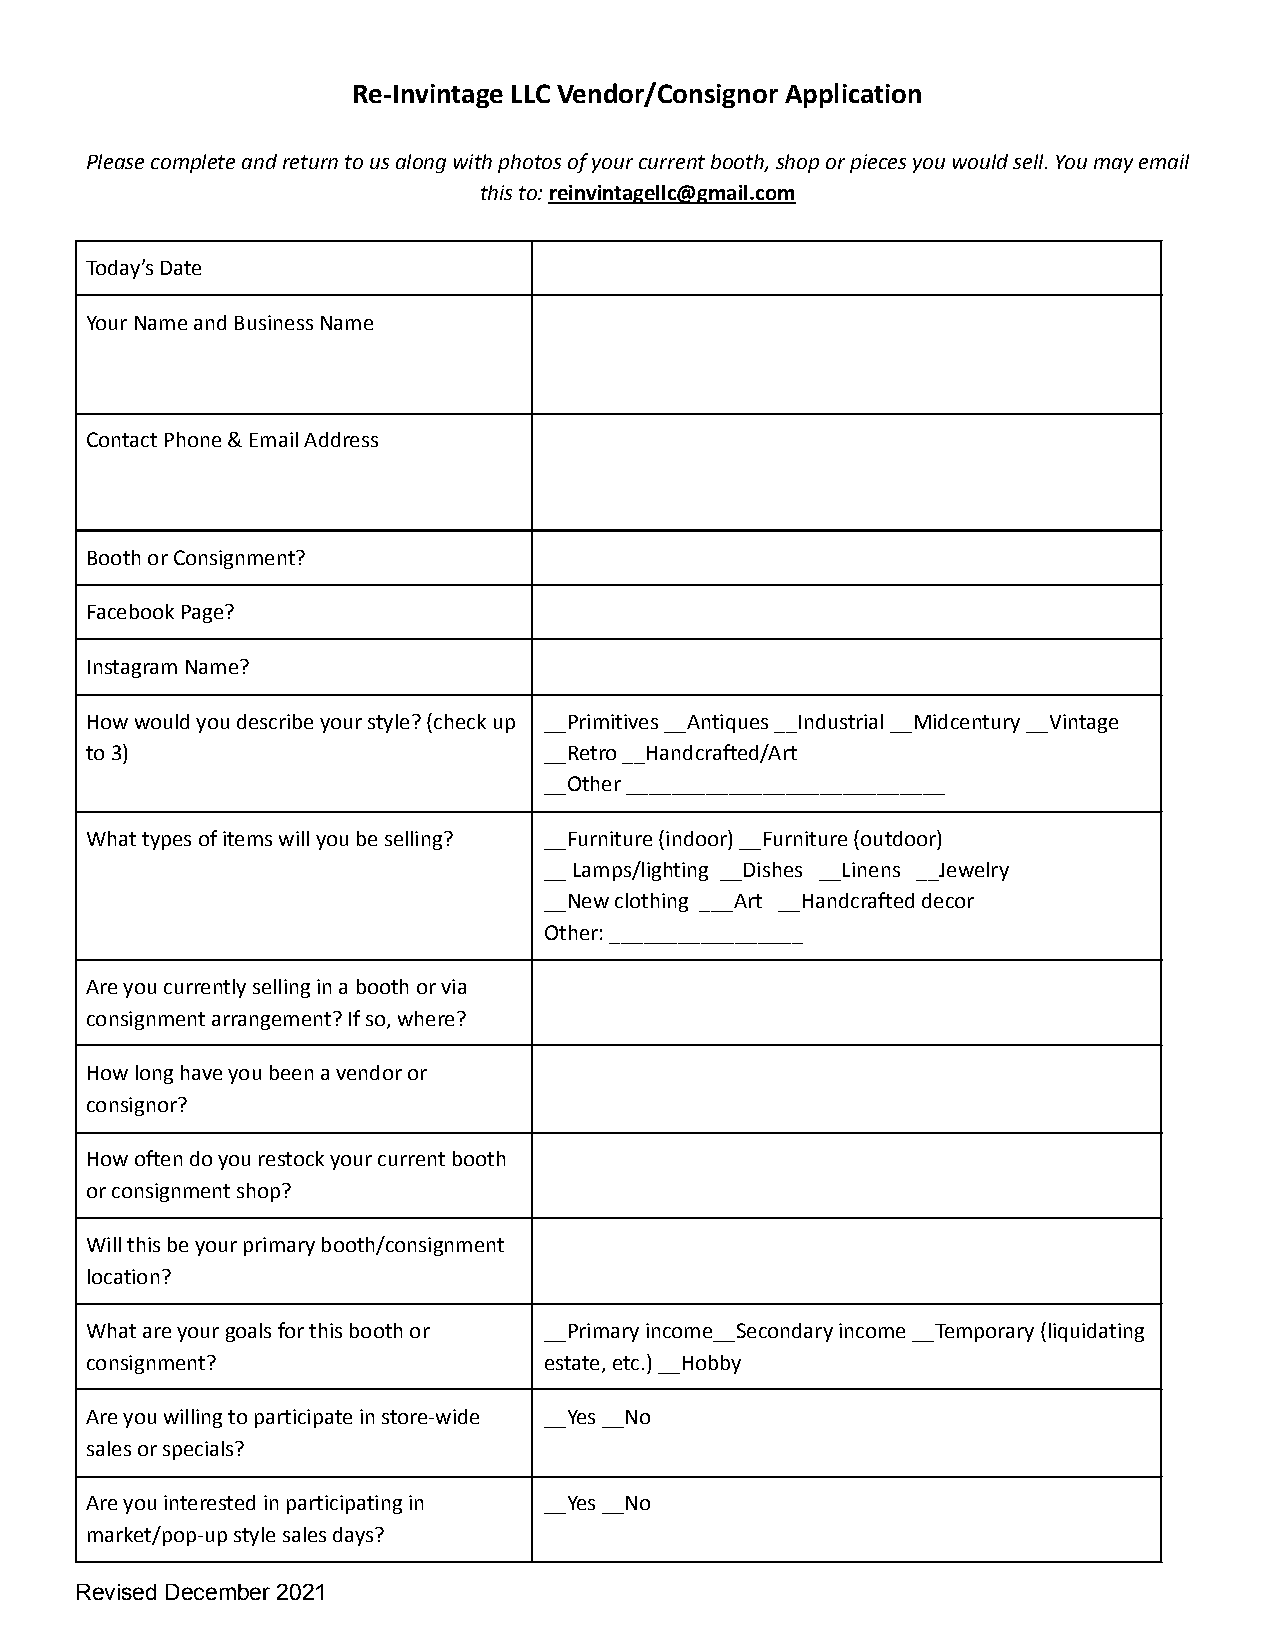
Re-Invintage LLC Vendor/Consignor Application
 Please complete and return to us along with photos of your current booth, shop or pieces you would sell. You may email
 this to:reinvintagellc@gmail.com
 Today’s Date
 Your Name and Business Name
 Contact Phone & Email Address
 Booth or Consignment?
 Facebook Page?
 Instagram Name?
 How would you describe your style? (check up __Primitives __Antiques __Industrial __Midcentury __Vintage
 to 3)                         __Retro __Handcrafted/Art
 __Other ____________________________
 What types of items will you be selling? __Furniture (indoor) __Furniture (outdoor)
 __ Lamps/lighting __Dishes __Linens __Jewelry
 __New clothing ___Art __Handcrafted decor
 Other: _________________
 Are you currently selling in a booth or via
 consignment arrangement? If so, where?
 How long have you been a vendor or
 consignor?
 How often do you restock your current booth
 or consignment shop?
 Will this be your primary booth/consignment
 location?
 What are your goals for this booth or __Primary income__Secondary income __Temporary (liquidating
 consignment?                  estate, etc.) __Hobby
 Are you willing to participate in store-wide __Yes __No
 sales or specials?
 Are you interested in participating in __Yes __No
 market/pop-up style sales days?
 Revised December 2021